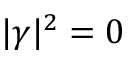
| \gamma | ^ { 2 } = 0